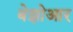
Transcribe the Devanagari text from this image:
बेझोआर